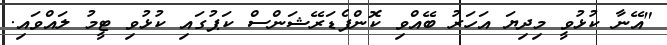
"އޭނާ ކުޅުވީ މިދިޔަ އަހަރު ބޭއްވި ކޮންފެޑަރޭޝަންސް ކަޕުގައި ކުޅުވި ޓީމު ލައްވައި.